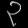
Digit: ၃